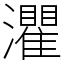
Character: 灈